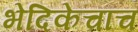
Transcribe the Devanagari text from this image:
भेदिकेचाच